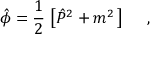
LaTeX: \hat { \phi } = \frac { 1 } { 2 } \, \left[ \hat { P } ^ { 2 } + m ^ { 2 } \, \right] \ \ \ \ ,